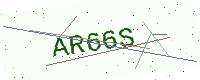
Text: AR66S